Report of the King Institute of Preventive Medicine, Guindy
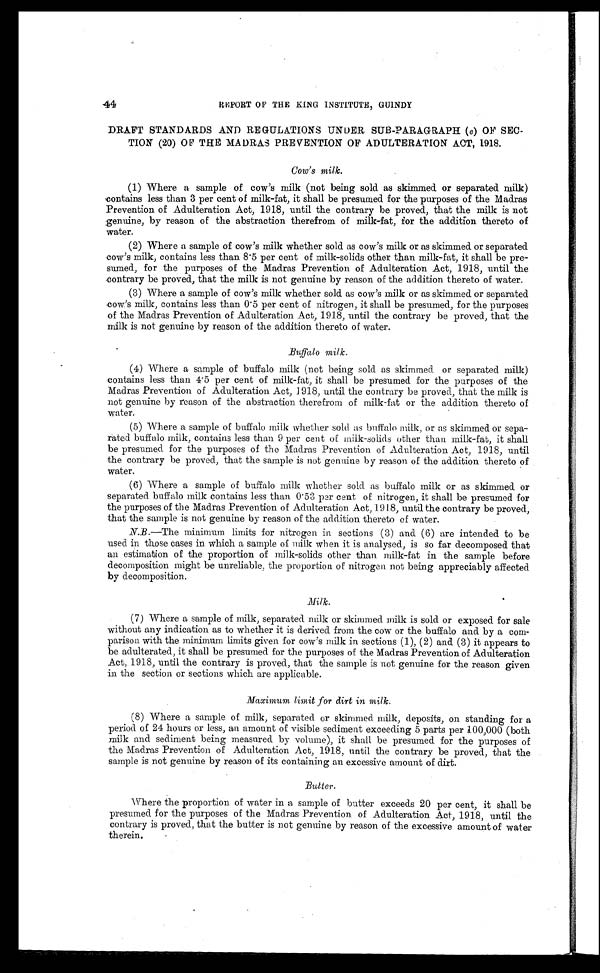
44
REPORT OF THE KING INSTiTUTE, GUINDY
DRAFT STANDARDS AND REGULATIONS UNDER SUB-PARAGRAPH (e) OF SEC-
TION (20) OF THE MADRAS PREVENTION OF ADULTERATION ACT, 1918.
Cow's milk.
(1) Where a sample of cow's milk (not being sold as skimmed or separated milk)
contains less than 3 per cent of milk-fat, it shall be presumed for the purposes of the Madras
Prevention of Adulteration Act, 1918, until the contrary be proved, that the milk is not
genuine, by reason of the abstraction therefrom of milk-fat, for the addition thereto of
water.
(2) Where a sample of cow's milk whether sold as cow's milk or as skimmed or separated
cow's milk, contains less than 8.5 per cent of milk-solids other than milk-fat, it shall be pre
-sumed, for the purposes of the Madras Prevention of Adulteration Act, 1918, until the
contrary be proved, that the milk is not genuine by reason of the addition thereto of water.
(3) Where a sample of cow's milk whether sold as cow's milk or as skimmed or separated
cow's milk, contains less than 0.5 per cent of nitrogen, it shall be presumed, for the purposes
of the Madras Prevention of Adulteration Act, 1918, until the contrary be proved, that the
milk is not genuine by reason of the addition thereto of water.
Buffalo milk.
(4) Where a sample of buffalo milk (not being sold as skimmed or separated milk)
contains less than 4.5 per cent of milk-fat, it shall be presumed for the purposes of the
Madras Prevention of Adulteration Act, 1918, until the contrary be proved, that the milk is
not genuine by reason of the abstraction therefrom of milk-fat or the addition thereto of
water.
(5) Where a sample of buffalo milk whether sold as buffalo milk, or as skimmed or sepa
-rated buffalo milk, contains less than 9 per cent of milk-solids other than milk-fat, it shall
be presumed for the purposes of the Madras Prevention of Adulteration Act, 1918, until
the contrary be proved, that the sample is not genuine by reason of the addition thereto of
water.
(6) Where a sample of buffalo milk whether sold as buffalo milk or as skimmed or
separated buffalo milk contains less than 0.53 per cent of nitrogen, it shall be presumed for
the purposes of the Madras Prevention of Adulteration Act, 1918, until the contrary be proved,
that the sample is not genuine by reason of the addition thereto of water.
N.B.—The minimum limits for nitrogen in sections (3) and (6) are intended to be
used in those cases in which a sample of milk when it is analysed, is so far decomposed that
an estimation of the proportion of milk-solids other than milk-fat in the sample before
decomposition might be unreliable, the proportion of nitrogen not being appreciably affected
by decomposition.
Milk.
(7) Where a sample of milk, separated milk or skimmed milk is sold or exposed for sale
without any indication as to whether it is derived from the cow or the buffalo and by a com--
parison with the minimum limits given for cow's milk in sections (1), (2) and (3) it appears to
be adulterated, it shall be presumed for the purposes of the Madras Prevention of Adulteration
Act, 1918, until the contrary is proved, that the sample is not genuine for the reason given
in the section or sections which are applicable.
Maximum limit for dirt in milk.
(8) Where a sample of milk, separated or skimmed milk, deposits, on standing for a
period of 24 hours or less, an amount of visible sediment exceeding 5 parts per 100,000 (both
milk and sediment being measured by volume), it shall be presumed for the purposes of
the Madras Prevention of Adulteration Act, 1918, until the contrary be proved, that the
sample is not genuine by reason of its containing an excessive amount of dirt.
Butter.
Where the proportion of water in a sample of butter exceeds 20 per cent, it shall be
presumed for the purposes of the Madras Prevention of Adulteration Act, 1918, until the
contrary is proved, that the butter is not genuine by reason of the excessive amount of water
therein.